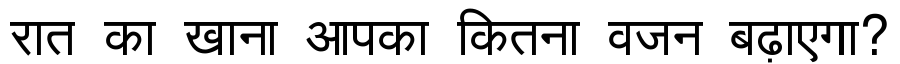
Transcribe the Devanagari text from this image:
रात का खाना आपका कितना वजन बढ़ाएगा?